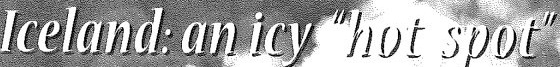
lceland: an icy" hot spot"